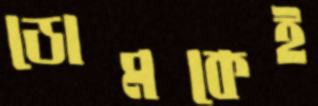
ডোমকেই